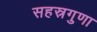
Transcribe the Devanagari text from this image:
सहस्रगुणा